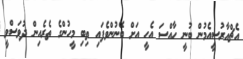
އެޗްއާރުސީއެމުން ބުނީ ހާއްސަ އެހީ އަށް ބޭނުންވެފައި ތިބި މީހުންގެ ތެރެއިން ދުވަސްވީ